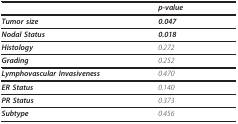
|  | p-value |
 | --- | --- |
 | Tumor size | 0.047 |
 | Nodal Status | 0.018 |
 | Histology | 0.272 |
 | Grading | 0.252 |
 | Lymphovascular Invasiveness | 0.470 |
 | ER Status | 0.140 |
 | PR Status | 0.373 |
 | Subtype | 0.456 |